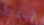
فقط